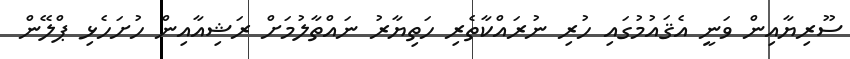
ސޫރިޔާއިން ވަނީ އެޤައުމުގައި ހުރި ނުރައްކާތެރި ހަތިޔާރު ނައްތާލުމަށް ރަޝިއާއިން ހުށަހެޅި ޕްލޭން